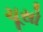
ચૂસો